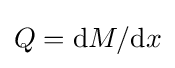
Q=\mathrm {d} M/\mathrm {d} x